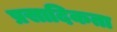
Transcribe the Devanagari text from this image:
प्रसादिकता